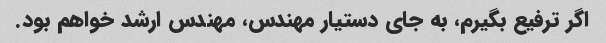
اگر ترفیع بگیرم، به جای دستیار مهندس، مهندس ارشد خواهم بود.